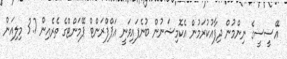
އޭސީސީގެ ނިންމުން ދިފާއުކުރަމުން އެކޮމިޝަނުން ބުނެފައިވަނީ އަޕްފްރަންޓް ޕޭމަންޓްގެ ތެރެއިން 3.7 މިލިއަން